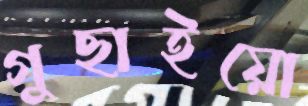
গুছাইয়ো